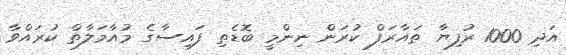
އަދި 1000 ރުފިޔާ ތައާރަފް ކުރަން ނިންމީ ބޮޑެތި ފައިސާގެ މުއާމަލާތް ކުރައްވާ